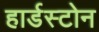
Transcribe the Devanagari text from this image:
हार्डस्टोन